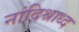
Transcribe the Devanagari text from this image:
नांदिश्राध्द